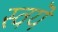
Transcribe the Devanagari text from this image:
स्वयॆ